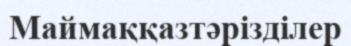
Маймаққазтәрізділер